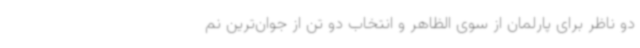
دو ناظر برای پارلمان از سوی الظاهر و انتخاب دو تن از جوان‌ترین نم